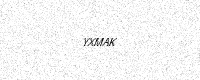
Text: YXMAK